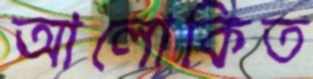
আলোকিত